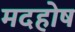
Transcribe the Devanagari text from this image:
मदहोष